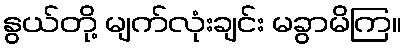
နွယ်တို့ မျက်လုံးချင်း မခွာမိကြ။